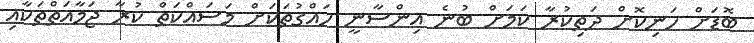
ބޮޑަށް ހަނިކޮށް ދަތިކުރާ ކަމަށް ބުނެ އިންސާނީ ހައްގުތަކަށް މަސައްކަތް ކުރާ ޖަމާއަތްތަކާއި